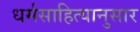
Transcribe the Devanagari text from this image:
धर्मसाहित्यानुसार